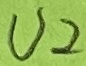
Text: U2